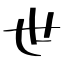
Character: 世